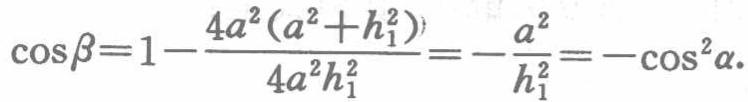
\(\cos\beta = 1 - \frac{4a^{2}(a^{2}+h_{1}^{2})}{4a^{2}h_{1}^{2}}=-\frac{a^{2}}{h_{1}^{2}}=-\cos^{2}\alpha.\)